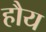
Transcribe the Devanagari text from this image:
हौय